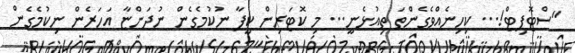
"ސްޓޮޕިޓް!... ކިހިނެއްވެގެންތަ ތިއުޅެނީ... މި ކޮޓަރިން ކީފާ ނުކުމެގެން ނުދަންޏާ އަހަރެން ނިކުމެގެން